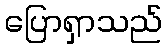
ပြောရှာသည်